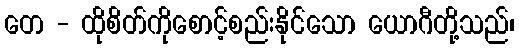
တေ - ထိုစိတ်ကိုစောင့်စည်းနိုင်သော ယောဂီတို့သည်၊